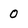
Character: 0